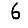
Digit: 6